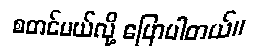
စတင်မယ်လို့ ပြောပါတယ်။